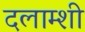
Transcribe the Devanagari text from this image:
दलाम्शी